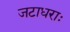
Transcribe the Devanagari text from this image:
जटाधराः